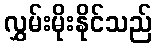
လွှမ်းမိုးနိုင်သည်